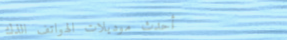
أحدث موديلات الهواتف الذك